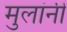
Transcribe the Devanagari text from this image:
मुलांनीं